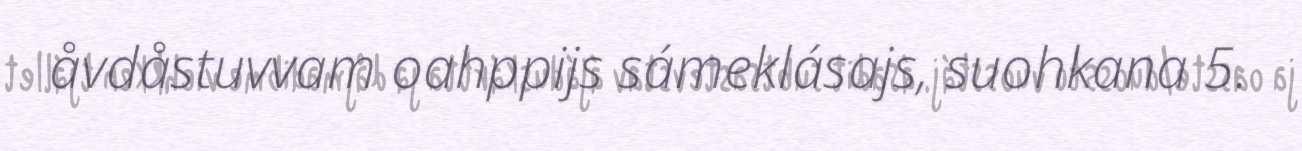
åvdåstuvvam oahppijs sámeklásajs, suohkana 5.